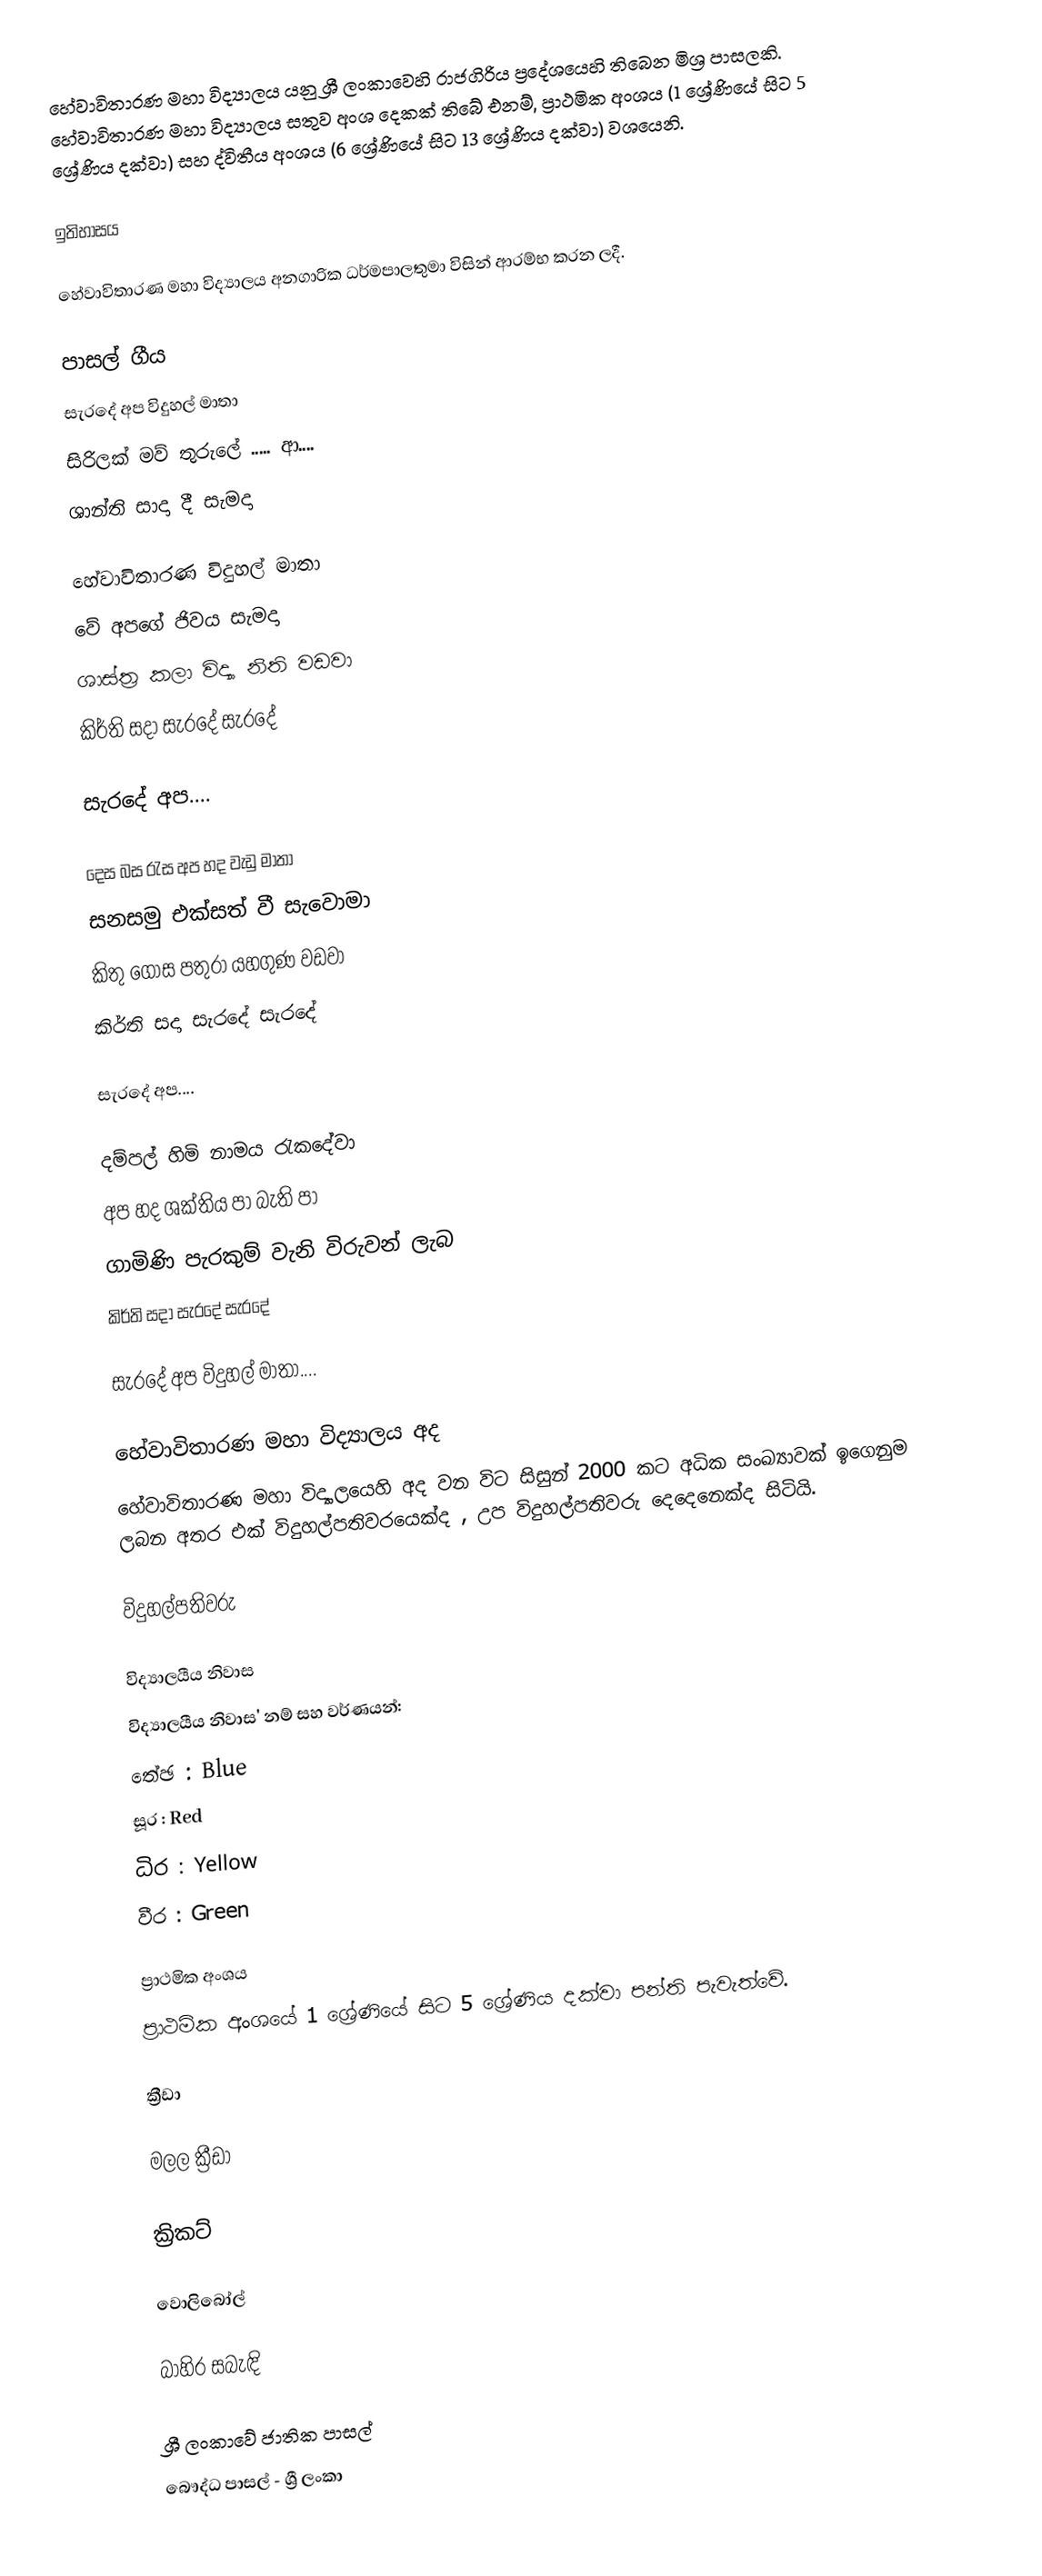
හේවාවිතාරණ මහා විද්‍යාලය යනු ශ්‍රී ලංකාවෙහි රාජගිරිය ප්‍රදේශයෙහි තිබෙන මිශ්‍ර පාසලකි. හේවාවිතාරණ මහා විද්‍යාලය සතුව අංශ දෙකක් තිබේ එනම්, ප්‍රාථමික අංශය (1 ශ්‍රේණියේ සිට 5 ශ්‍රේණිය දක්වා) සහ ද්විතීය අංශය (6 ශ්‍රේණියේ සිට 13 ශ්‍රේණිය දක්වා) වශයෙනි.

ඉතිහාසය

හේවාවිතාරණ මහා විද්‍යාලය අනගාරික ධර්මපාලතුමා විසින් ආරම්භ කරන ලදී.

පාසල් ගීය
සැරදේ අප විදුහල් මාතා
සිරිලක් මව් තුරුලේ ..... ආ....
ශාන්ති සාදා දී සැමදා

හේවාවිතාරණ විදුහල් මාතා
වේ අපගේ ජිවය සැමදා
ශාස්ත්‍ර කලා විද්‍යා නිති වඩවා
කිර්ති සදා සැරදේ සැරදේ

සැරදේ අප....

දෙස බස රැස අප හද වැඩු මාතා
සනසමු එක්සත් වී සැවොමා
කිතු ගොස පතුරා යහගුණ වඩවා
කිර්ති සදා සැරදේ සැරදේ

සැරදේ අප....

දම්පල් හිමි නාමය රැකදේවා
අප හද ශක්තිය පා බැති පා
ගාමිණි පැරකුම් වැනි විරුවන් ලැබ
කිර්ති සදා සැරදේ සැරදේ

සැරදේ අප විදුහල් මාතා....

හේවාවිතාරණ මහා විද්‍යාලය අද
හේවාවිතාරණ මහා විද්‍යාලයෙහි අද වන විට සිසුන් 2000 කට අධික සංඛ්‍යාවක් ඉගෙනුම ලබන අතර එක් විදුහල්පතිවරයෙක්ද , උප විදුහල්පතිවරු දෙදෙනෙක්ද සිටියි.

විදුහල්පතිවරු

විද්‍යාලයීය නිවාස
විද්‍යාලයීය නිවාස' නම් සහ වර්ණයන්:
 තේඡ : Blue
 සූර : Red
 ධිර : Yellow
 වීර : Green

ප්‍රාථමික අංශය
ප්‍රාථමික අංශයේ 1 ශ්‍රේණියේ සිට 5 ශ්‍රේණිය දක්වා පන්ති පැවැත්වේ.

ක්‍රීඩා

 මලල ක්‍රීඩා

 ක්‍රිකට්

 වොලිබෝල්

බාහිර සබැඳි

ශ්‍රී ලංකාවේ ජාතික පාසල්
බෞද්ධ පාසල් - ශ්‍රී ලංකා